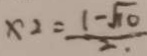
x _ { 2 } = \frac { 1 - \sqrt { 1 0 } } { 2 }